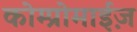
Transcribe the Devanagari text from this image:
कोम्प्रोमाईज़